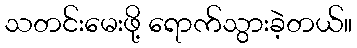
သတင်းမေးဖို့ ရောက်သွားခဲ့တယ်။